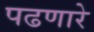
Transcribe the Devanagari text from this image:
पढणारे